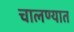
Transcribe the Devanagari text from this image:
चालण्यात